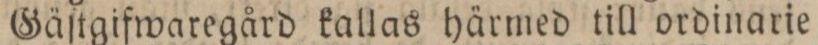
Gäſtgifwaregård kallas härmed till ordinarie